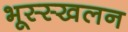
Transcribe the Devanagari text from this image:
भूस्स्खलन